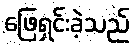
ဖြေရှင်းခဲ့သည်